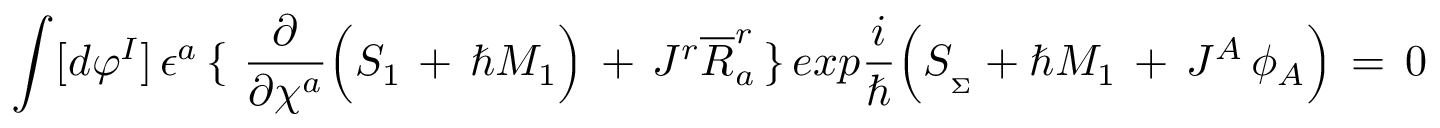
\int [ d \varphi ^ { I } ] \, \epsilon ^ { a } \, \lbrace \, \, { \frac { \partial } { \partial \chi ^ { a } } } \Big ( S _ { 1 } \, + \, \hbar M _ { 1 } \Big ) \, + \, J ^ { r } { \overline { { R } } } _ { a } ^ { r } \, \rbrace \, e x p { \frac { i } { \hbar } } \Big ( S _ { _ \Sigma } + \hbar M _ { 1 } \, + \, J ^ { A } \, \phi _ { A } \Big ) \, = \, 0